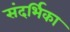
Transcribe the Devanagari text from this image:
संदर्भिका